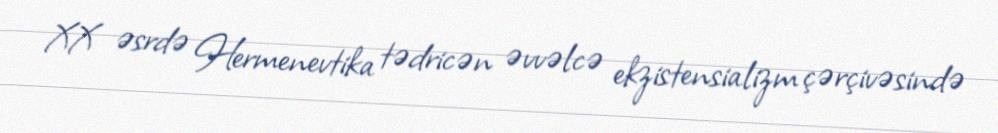
XX əsrdə Hermenevtika tədricən əvvəlcə ekzistensializm çərçivəsində